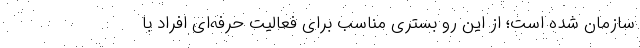
سازمان شده است؛ از این رو بستری مناسب برای فعالیت حرفه‌ای افراد با